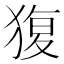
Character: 𤟱